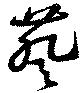
葵